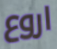
اروع